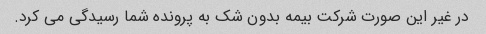
در غیر این صورت شرکت بیمه بدون شک به پرونده شما رسیدگی می کرد.